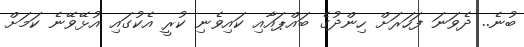
ބުނެ.. ދެވަނަ ފަހަރަށް ހިންދުގެ ބައްޕައާއި ކައިވެނި ކުރީ އެކުގައި އުޅޭވޭނެ ކަމަށް